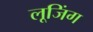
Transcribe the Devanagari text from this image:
लूजिंग